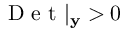
\mathrm { ~ D ~ e ~ t ~ } | _ { \mathbf { y } } > 0